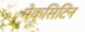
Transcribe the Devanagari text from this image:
मेक्सिटिन